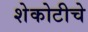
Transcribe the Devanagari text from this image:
शेकोटीचे